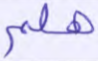
هلم